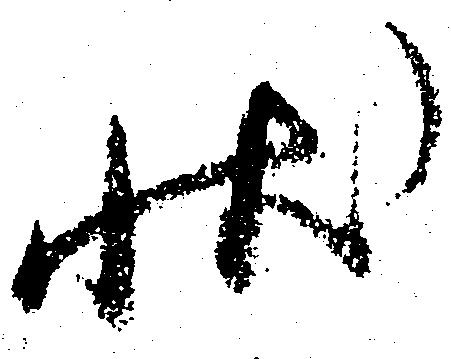
状